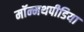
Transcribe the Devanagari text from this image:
मॉन्मथपीडिया